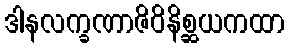
ဒါနလက္ခဏာဇိဝိနိစ္ဆယကထာ